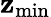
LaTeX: \mathbf{z}_{\mathrm{min}}